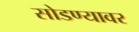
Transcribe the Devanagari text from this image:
सोडण्यावर